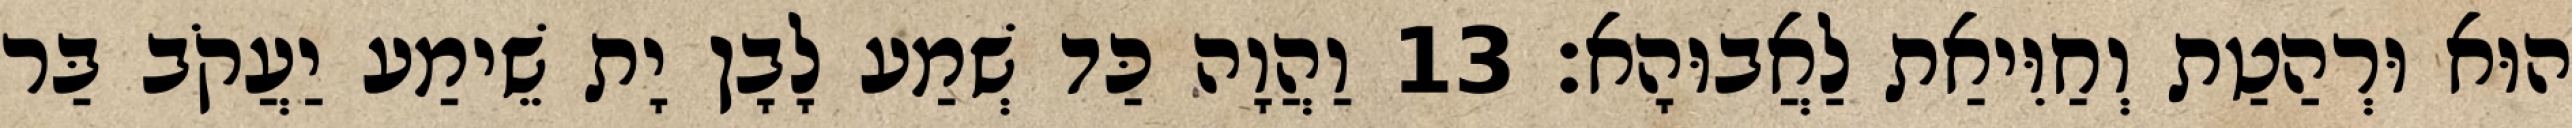
הוּא וּרְהַטַת וְחַוִּיאַת לַאֲבוּהָא׃ 13 וַהֲוָה כַּד שְׁמַע לָבָן יָת שֵׁימַע יַעֲקֹב בַּר